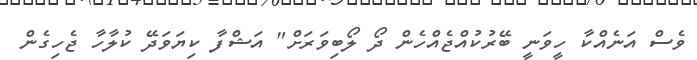
ވެސް އަނެއްކާ ހީވަނީ ބޭރުކުއްޖެއްހެން ދޯ ލޯބިވަރަށް" އަޝްފާ ކިޔަވަދޭ ކުލާހާ ޖެހިގެން